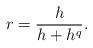
LaTeX: \begin{align*}r = \frac{h}{h+h^q}.\end{align*}